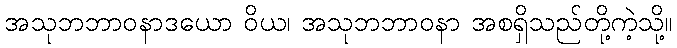
အသုဘဘာဝနာဒယော ဝိယ၊ အသုဘဘာဝနာ အစရှိသည်တို့ကဲ့သို့။